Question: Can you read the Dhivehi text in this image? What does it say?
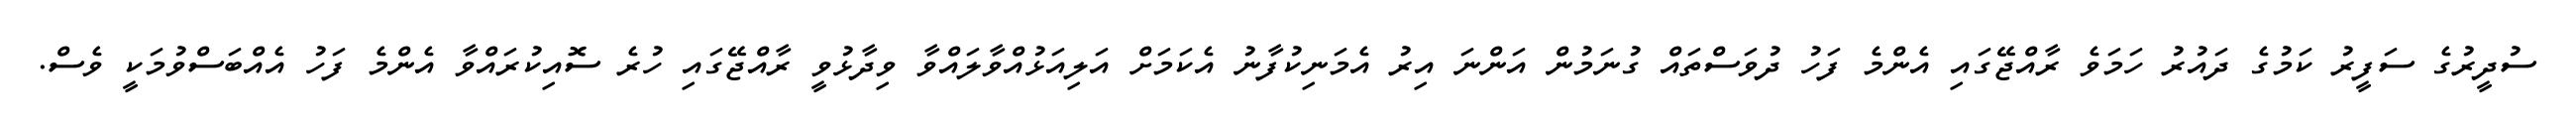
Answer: ސުދީރުގެ ސަފީރު ކަމުގެ ދައުރު ހަމަވެ ރާއްޖޭގައި އެންމެ ފަހު ދުވަސްތައް ގުނަމުން އަންނަ އިރު އެމަނިކުފާނު އެކަމަށް އަލިއަޅުއްވާލައްވާ ވިދާޅުވީ ރާއްޖޭގައި ހުރެ ސޮއިކުރައްވާ އެންމެ ފަހު އެއްބަސްވުމަކީ ވެސް.